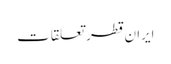
ایران قطر تعلقات